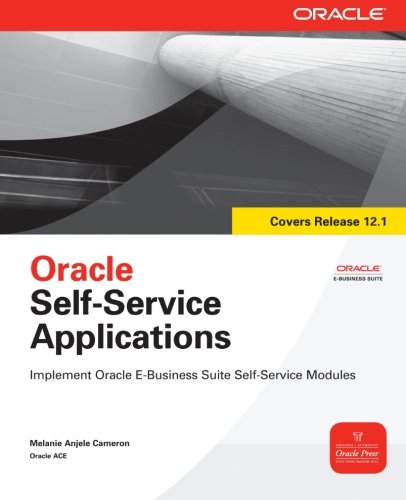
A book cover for Oracle Self-Service Applications (Oracle Press); Melanie Cameron; Computers & Technology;